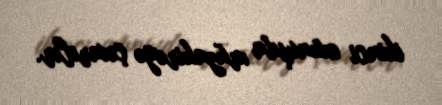
ikinci oxunuşda müzakirəyə çıxarılır.